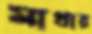
মাথায়